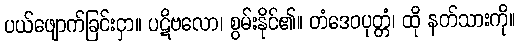
ပယ်ဖျောက်ခြင်းငှာ။ ပဋိဗလော၊ စွမ်းနိုင်၏။ တံဒေဝပုတ္တံ၊ ထို နတ်သားကို။